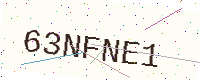
Text: 63NFNE1